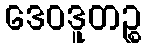
ဒေဝဒူတဉ္စ